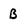
Character: B